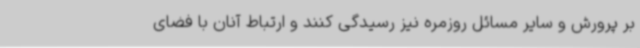
بر پرورش و سایر مسائل روزمره نیز رسیدگی کنند و ارتباط آنان با فضای